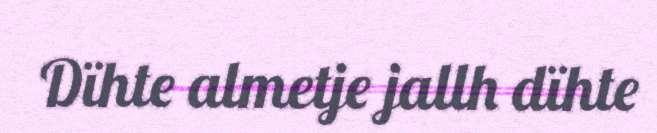
Dïhte almetje jallh dïhte